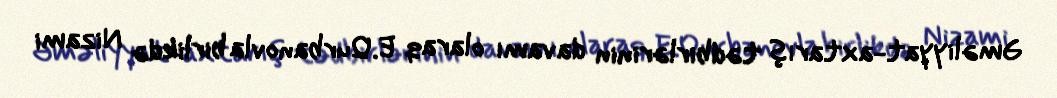
Əməliyyat-axtarış tədbirlərinin davamı olaraq E.Qurbanovla birlikdə Nizami